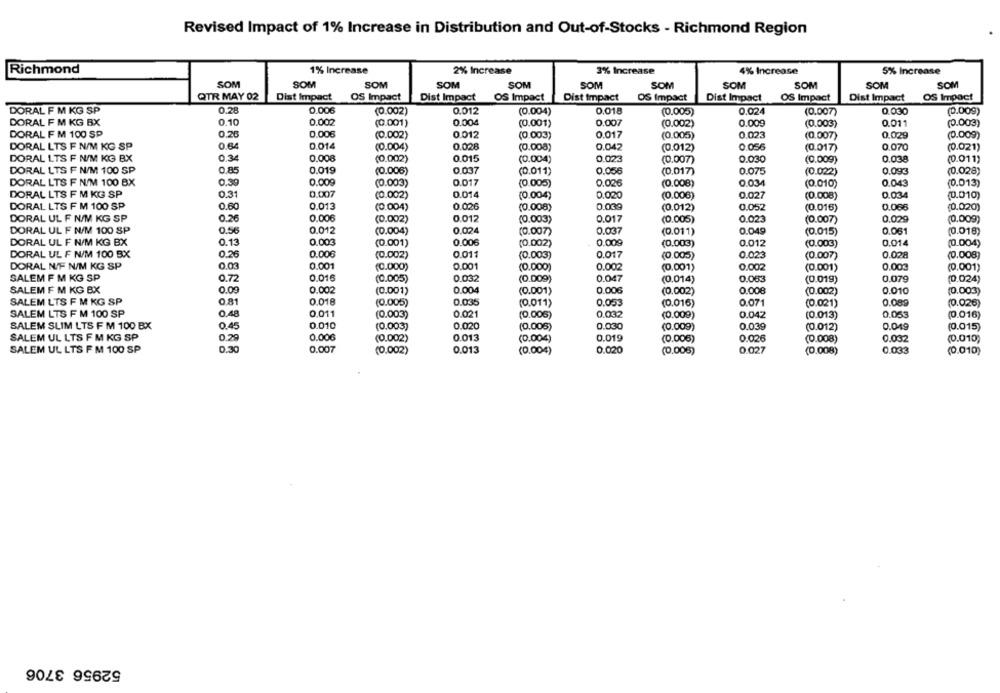
Revised Impact of 1% Increase in Distribution and Out-of-Stocks - Richmond Region
1% Increase
Richmond
2% Increase
3% Increase
4% Increase
5% Increase
SOM
SOM
SOM
SOM
SOM
SOM
SOM
SOM
SOM
SOM
SOM
QTR MAY 02
Dist Impact
OS Impact
Dist Impact OS Impact
Dist Impact
OS Impact
OS Impact
Dist Impact OS Impact
Dist Impact
DORAL F M KG SP
0.28
0.006
(0.002)
0.012
(0.004)
0.018
(0.005)
0.024
0.030
(0.009)
(0.007)
DORAL F M KG BX
0.10
0.002
(0.001)
0.004
(0.001)
0.007
(0.002)
0.009
(0.003)
0.011
(0.003)
DORAL F M 100 SP
0.20
0.006
(0.002)
0.012
(0.003)
0.017
(0.005)
0.023
(0.007)
0.029
(0.009)
DORAL LTS F N/M KG SP
0.64
0.014
0.028
0.042
(0.004)
(0.008)
(0.012)
0.056
(0.017)
0.070
(0.021)
DORAL LTS F N/M KG BX
0.34
0.008
(0.002)
0.015
(0.004)
0.023
(0.007)
0.030
(0.009)
0.038
(0.011)
DORAL LTS F N/M 100 SP
0,85
0.01º
(0.006)
0.037
(0.011)
0.056
(0.017)
0.075
(0.022)
0.093
(0.028)
DORAL LTS F N/M 100 BX
0.30
0.009
(0.003)
0.017
(0.005)
0.025
(0.008)
(0.010)
0.043
(0.013)
DORAL LTS F M KG SP
0.31
0.007
0.014
0,020
0.027
0.034
(0.002)
(0.004)
(0.008)
(0.008)
(0.010)
DORAL LTS F M 100 SP
0.60
0.013
(0.004)
0.026
(0.008)
0.039
(0.012)
0.052
(0.016)
0.066
(0.020)
DORAL UL F N/M KG SP
0.26
0.006
(0.002)
0.012
(0.003)
0.017
(0.005)
0.023
(0.007)
0.029
(0.009)
DORAL UL F N/M 100 SP
0.56
0.012
(0.004)
0.024
(0.007)
0.037
(0.011)
0.049
(0.015)
0.061
(0.018)
DORAL UL F N/M KG BX
0.13
0.003
(0.001)
0.006
(0.002)
0.009
(0.003)
0.012
0.014
(0.004)
(0.003)
DORAL UL F N/M 100 BX
0.26
0.006
(0.002)
0.011
(0.003)
0.017
(0.005)
0.023
(0.007)
0.028
(0.008)
DORAL N/F N/M KG SP
0.03
0.001
(0.000)
0.001
(0.000)
0.002
(0.001)
0.002
(0.001)
0.003
(0.001)
SALEM F M KG SP
0.016
0.72
(0.005)
0.032
(0.009)
0.047
(0.014)
0.063
(0.019)
0.079
(0.024)
SALEM F M KG BX
0.09
0.002
(0.001)
0.004
(0.001)
0.006
(0.002)
0.008
(0.002)
0.010
(0.003)
SALEM LTS F M KG SP
0.81
0.018
(0.005)
0.035
(0.011)
0.053
(0.016)
0.071
(0.021)
0.089
(0.026)
SALEM LTS F M 100 SP
0.48
0,011
(0.003)
0.021
(0.005)
0.032
(0.009)
0.042
(0.013)
0.053
(0.016)
SALEM SLIM LTS F M 100 BX
0.45
0.010
(0.003)
0.020
(0.006)
0.030
(0.009)
0.039
(0.012)
0.049
(0.015)
SALEM UL LTS F M KG SP
0.29
0.006
(0.002)
0.013
(0.004)
0.019
(0.006)
0.026
(0.008)
0.032
(0.010)
SALEM UL LTS F M 100 SP
0.30
0.007
(0.002)
0.013
(0.004)
0.020
(0.006)
0.027
(0.008)
0.033
(0.010)
52956 3706